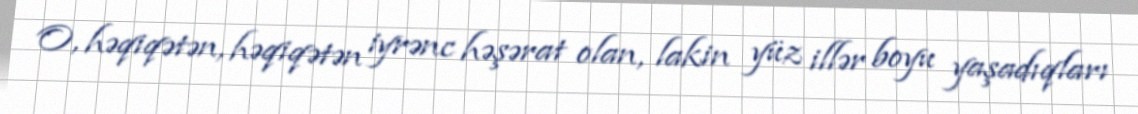
O, həqiqətən, həqiqətən iyrənc həşərat olan, lakin yüz illər boyu yaşadıqları